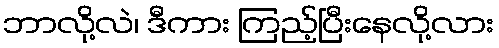
ဘာလို့လဲ၊ ဒီကား ကြည့်ပြီးနေလို့လား